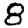
Digit: 8